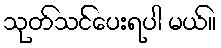
သုတ်သင်ပေးရပါ မယ်။